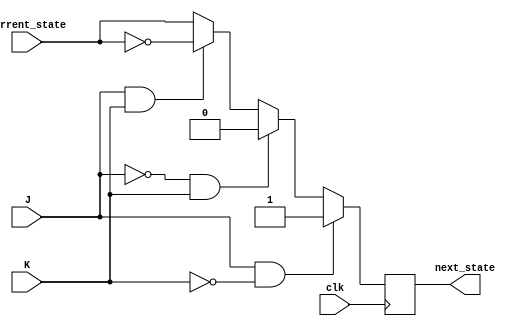
module JK_flip_flop (
    input J,
    input K,
    input clk,
    input current_state,
    output reg next_state
);

always @(negedge clk) begin
    if (J & ~K) begin
        next_state <= 1;
    end else if (~J & K) begin
        next_state <= 0;
    end else if (J & K) begin
        next_state <= ~current_state;
    end else begin
        next_state <= current_state;
    end
end

endmodule